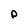
Character: p